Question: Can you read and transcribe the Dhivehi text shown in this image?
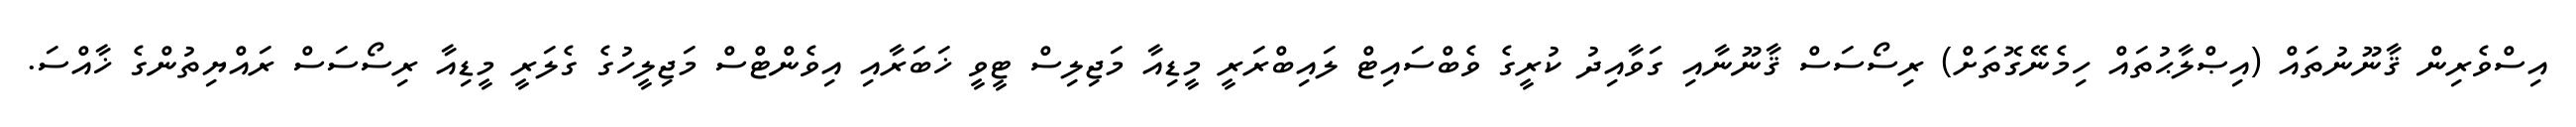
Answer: އިސްވެރިން ޤާނޫނުތައް (އިޞްލާޙުތައް ހިމެނޭގޮތަށް) ރިސޯސަސް ޤާނޫނާއި ގަވާއިދު ކުރީގެ ވެބްސައިޓް ލައިބްރަރީ މީޑިއާ މަޖިލިސް ޓީވީ ޚަބަރާއި އިވެންޓްސް މަޖިލީހުގެ ގެލަރީ މީޑިއާ ރިސޯސަސް ރައްޔިތުންގެ ޚާއްސަ.